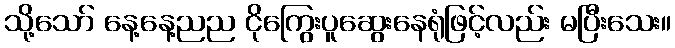
သို့သော် နေ့နေ့ညည ငိုကြွေးပူဆွေးနေရုံဖြင့်လည်း မပြီးသေး။